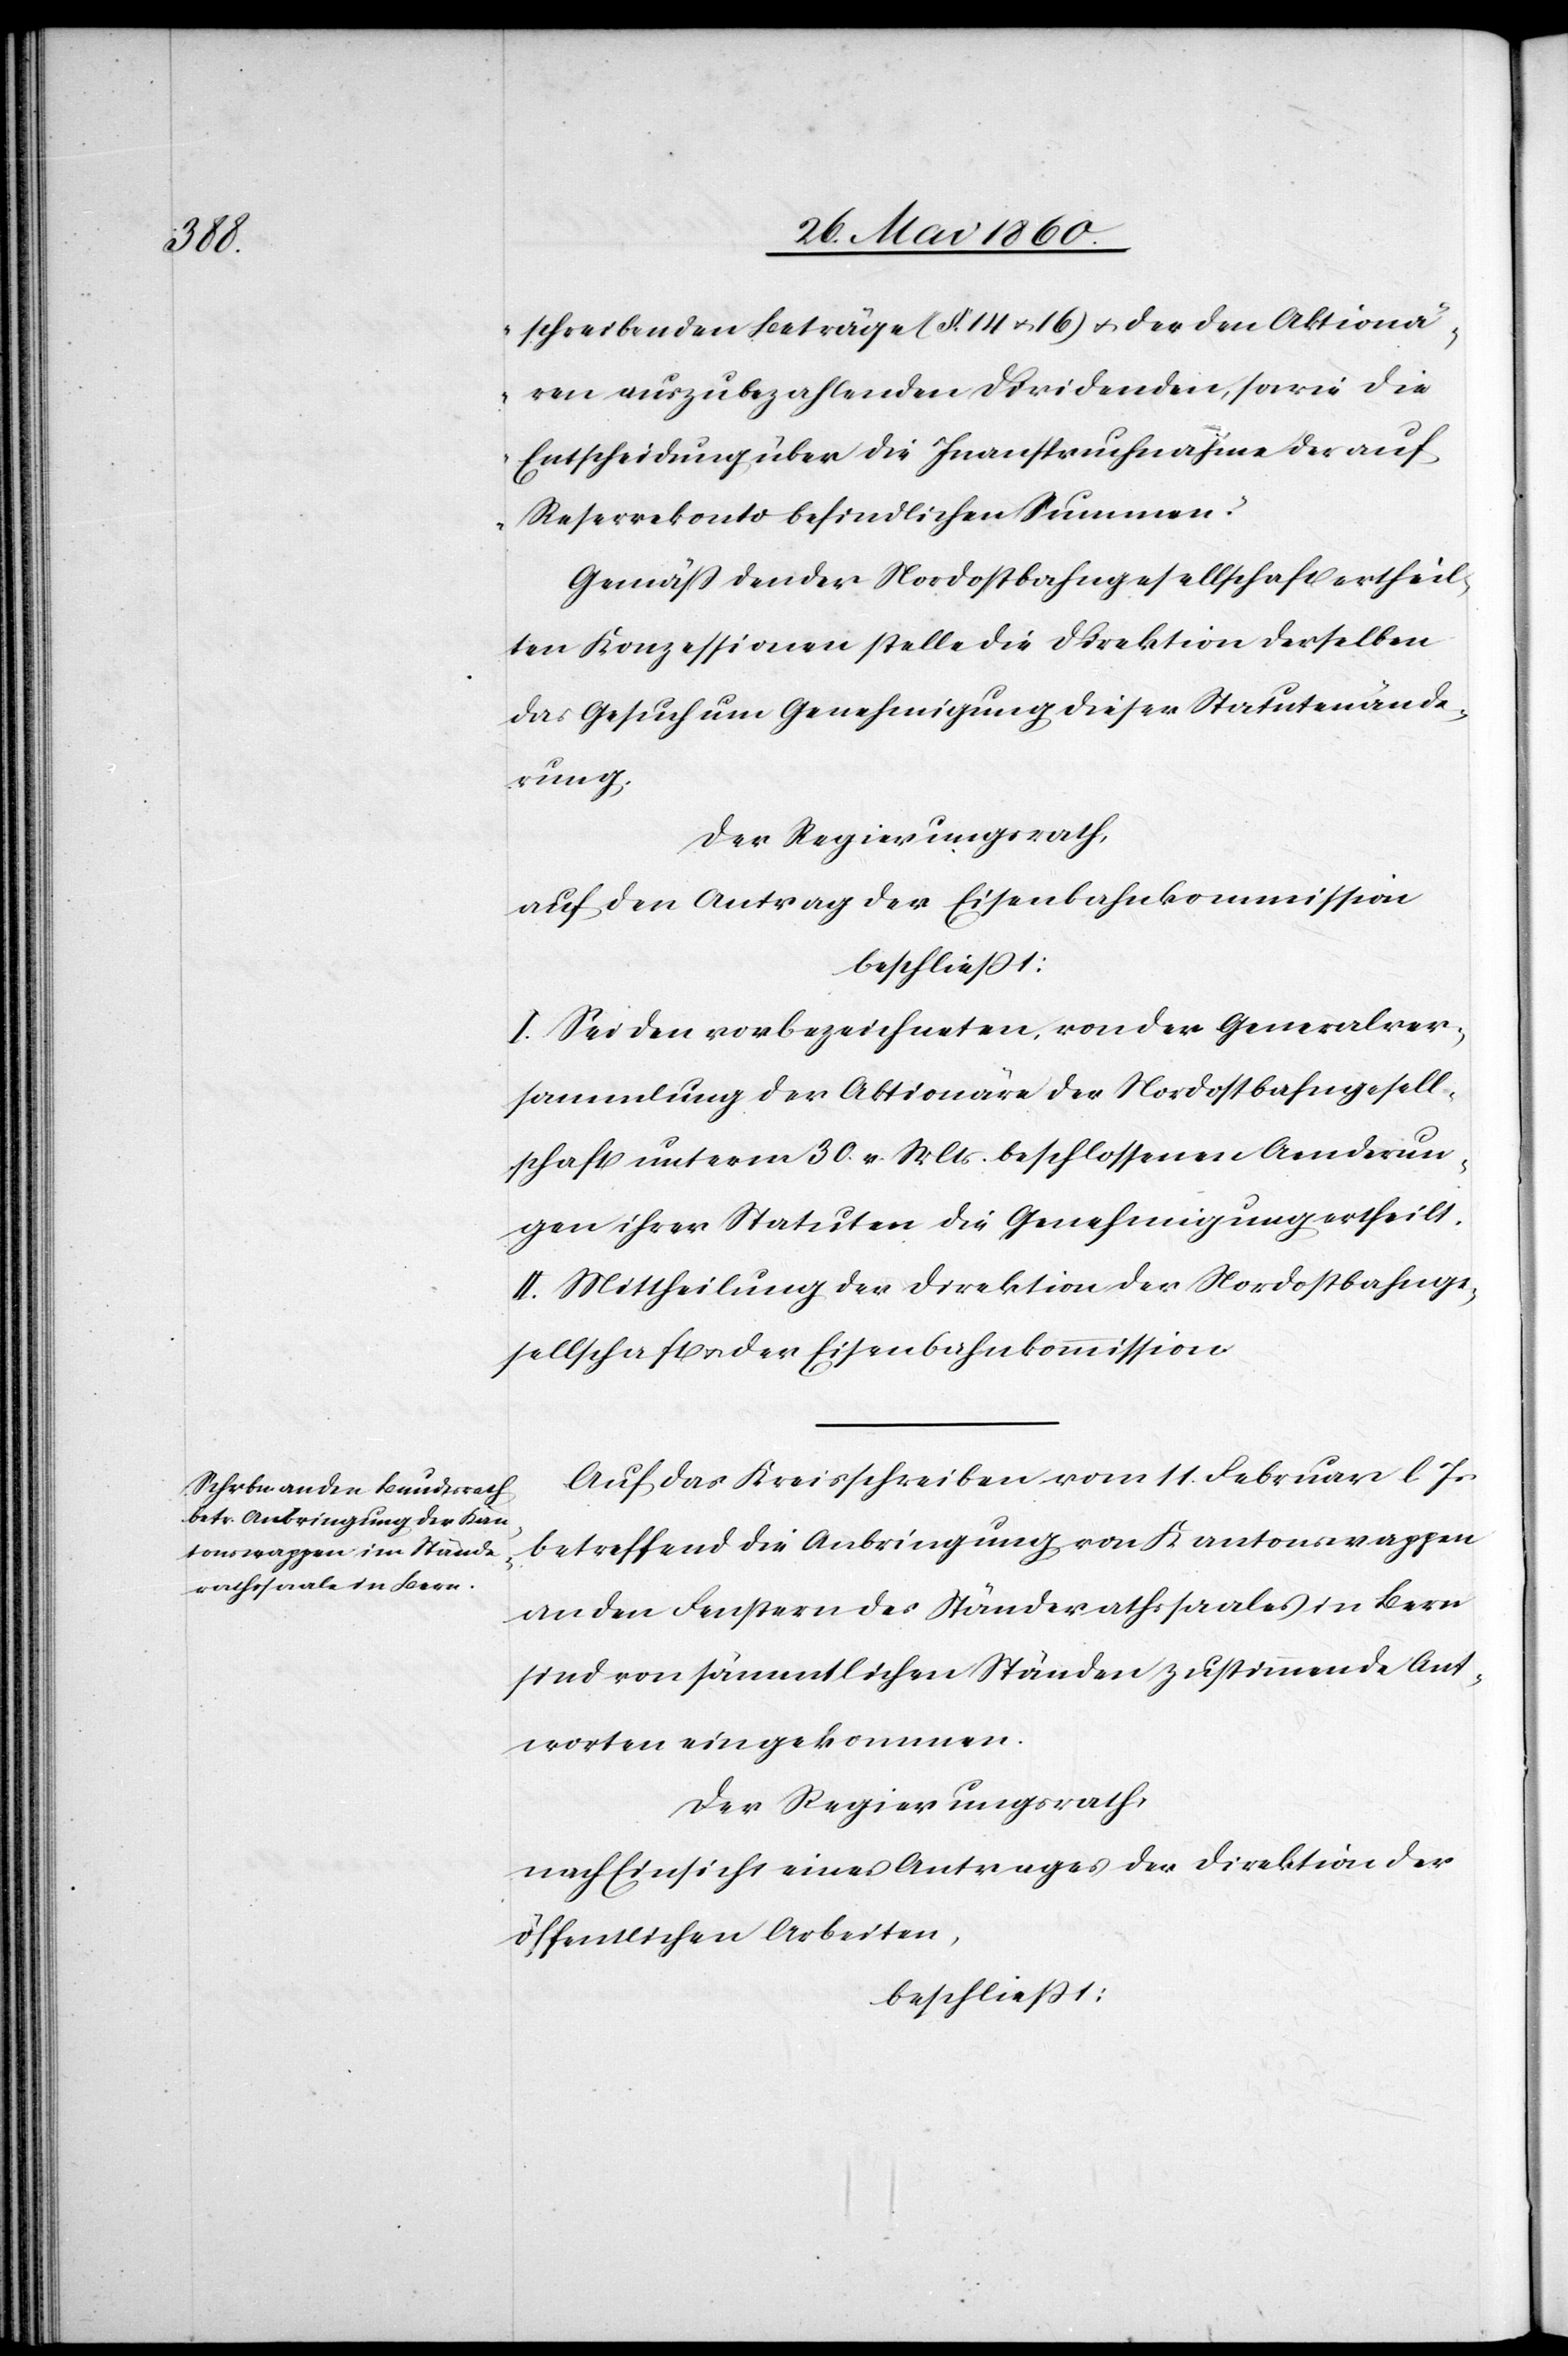
schreibenden Beträge (§. 14 u. 16) u. der den Aktionä¬
ren auszubezahlenden Dividenden, sowie die
Entscheidung über die Inanspruchnahme der auf
Reservekonto befindlichen Summen.“
Gemäss den der Nordostbahngesellschaft ertheil¬
ten Konzessionen stelle die Direktion derselben
das Gesuch um Genehmigung dieser Statutenände¬
rung.
Der Regierungsrath,
auf den Antrag der Eisenbahnkommission
beschliesst:
I. Sei den vorbezeichneten, von der Generalver¬
sammlung der Aktionäre der Nordostbahngesell¬
schaft unterm 30. v. Mts. beschlossenen Aenderun¬
gen ihrer Statuten, die Genehmigung ertheilt.
II. Mittheilung der Direktion der Nordostbahnge¬
sellschaft u. der Eisenbahnkommission.
Auf das Kreisschreiben vom 11. Februar l. Js.
betreffend die Anbringung von Kantonswappen
an den Fenstern des Ständerathssaales in Bern
sind von sämmtlichen Ständen zustimmende Ant¬
worten eingekommen.
Der Regierungsrath,
nach Einsicht eines Antrages der Direktion der
öffentlichen Arbeiten,
beschliesst: